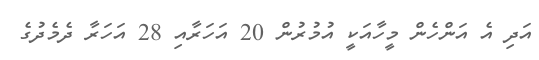
އަދި އެ އަންހެން މީހާއަކީ އުމުރުން 20 އަހަރާއި 28 އަހަރާ ދެމެދުގެ